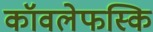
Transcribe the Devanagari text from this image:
कॉवलेफस्कि